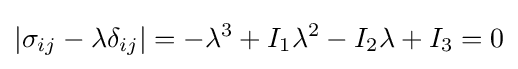
\left|\sigma _{ij}-\lambda \delta _{ij}\right|=-\lambda ^{3}+I_{1}\lambda ^{2}-I_{2}\lambda +I_{3}=0